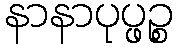
နာနာပုပ္ဖဉ္စ